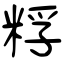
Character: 粰